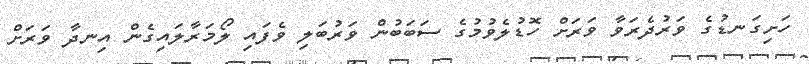
ހަށިގަނޑުގެ ވަރުދެރަވާ ވަރަށް ހޮޑުލެވުމުގެ ސަބަބުން ވަރުބަލި ވެފައި ލޯމަރާލައިގެން އިނދާ ވަރަށް